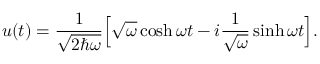
u ( t ) = \frac { 1 } { \sqrt { 2 \hbar \omega } } \Bigl [ \sqrt { \omega } \cosh \omega t - i \frac { 1 } { \sqrt { \omega } } \sinh \omega t \Bigr ] .